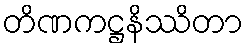
တိဏကဋ္ဌနိဿိတာ